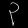
Digit: ၃